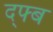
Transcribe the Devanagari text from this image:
द्फ्ब